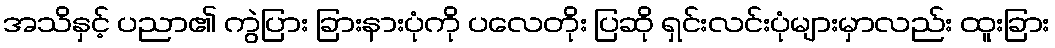
အသိနှင့် ပညာ၏ ကွဲပြား ခြားနားပုံကို ပလေတိုး ပြဆို ရှင်းလင်းပုံများမှာလည်း ထူးခြား